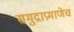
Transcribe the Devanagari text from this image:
समुद्राप्रमाणेच